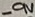
Text: -9V